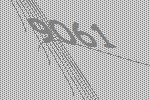
9061